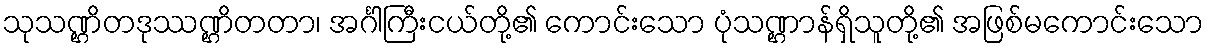
သုသဏ္ဌိတဒုဿဏ္ဌိတတာ၊ အင်္ဂါကြီးငယ်တို့၏ ကောင်းသော ပုံသဏ္ဌာန်ရှိသူတို့၏ အဖြစ်မကောင်းသော